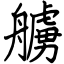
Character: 艣